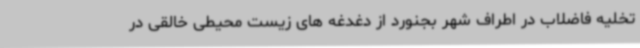
تخلیه فاضلاب در اطراف شهر بجنورد از دغدغه های زیست محیطی خالقی در